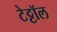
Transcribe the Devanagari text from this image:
टेट्टॉल